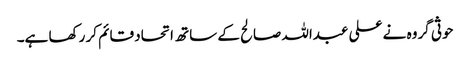
حوثی گروہ نے علی عبداللہ صالح کے ساتھ اتحاد قائم کر رکھا ہے۔